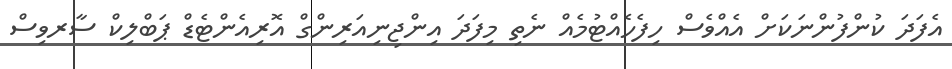
އެފަދަ ކުންފުންނަކަށް އެއްވެސް ހިފެހެއްޓުމެއް ނެތި މިފަދަ އިންޖިނިއަރިންގް އޮރިއެންޓެޑް ޕަބްލިކް ސާރވިސް